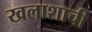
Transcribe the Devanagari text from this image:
खलाशाची